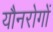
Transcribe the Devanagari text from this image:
यौनरोगों